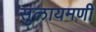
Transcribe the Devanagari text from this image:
सुलायमणी